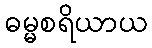
ဓမ္မစရိယာယ